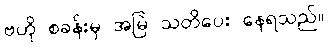
ဗဟို စခန်းမှ အမြဲ သတိပေး နေရသည်။